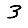
Digit: 3